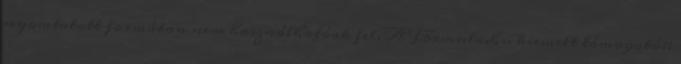
nyomtatott formában nem használhatóak fel. A Formula.hu kiemelt támogatói: